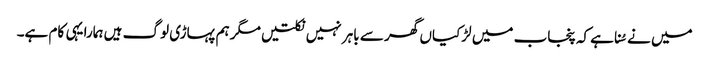
میں نے سُنا ہے کہ پنجاب میں لڑکیاں گھر سے باہر نہیں نکلتیں مگر ہم پہاڑی لوگ ہیں ہمارا یہی کام ہے۔